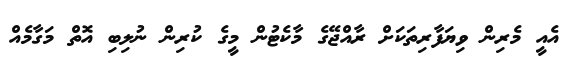
އެއީ މެރިން ވިޔަފާރިތަކަށް ރާއްޖޭގެ މާކެޓުން މީގެ ކުރިން ނުލިބި އޮތް މަގާމެއް